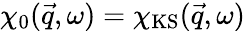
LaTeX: \chi_{0}(\vec{q},\omega)=\chi_{\mathrm{KS}}(\vec{q},\omega)